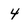
Character: 4